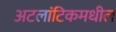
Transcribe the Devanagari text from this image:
अटलांटिकमधील